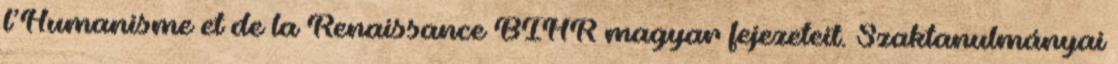
l’Humanisme et de la Renaissance BIHR magyar fejezeteit. Szaktanulmányai